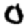
Digit: 0